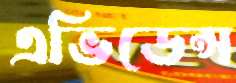
এভিডেন্স